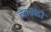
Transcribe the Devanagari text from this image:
चेतासंवेदी